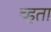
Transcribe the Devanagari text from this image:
च्हता